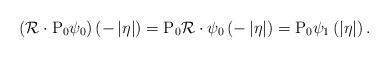
LaTeX: \begin{align*}\left(\mathcal{R}\cdot\mathrm{P}_{0}\psi_{0}\right)\left(-\left|\eta\right|\right)=\mathrm{P}_{0}\mathcal{R}\cdot\psi_{0}\left(-\left|\eta\right|\right)=\mathrm{P}_{0}\psi_{1}\left(\left|\eta\right|\right).\end{align*}